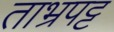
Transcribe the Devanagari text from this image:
ताभ्रपट्ट